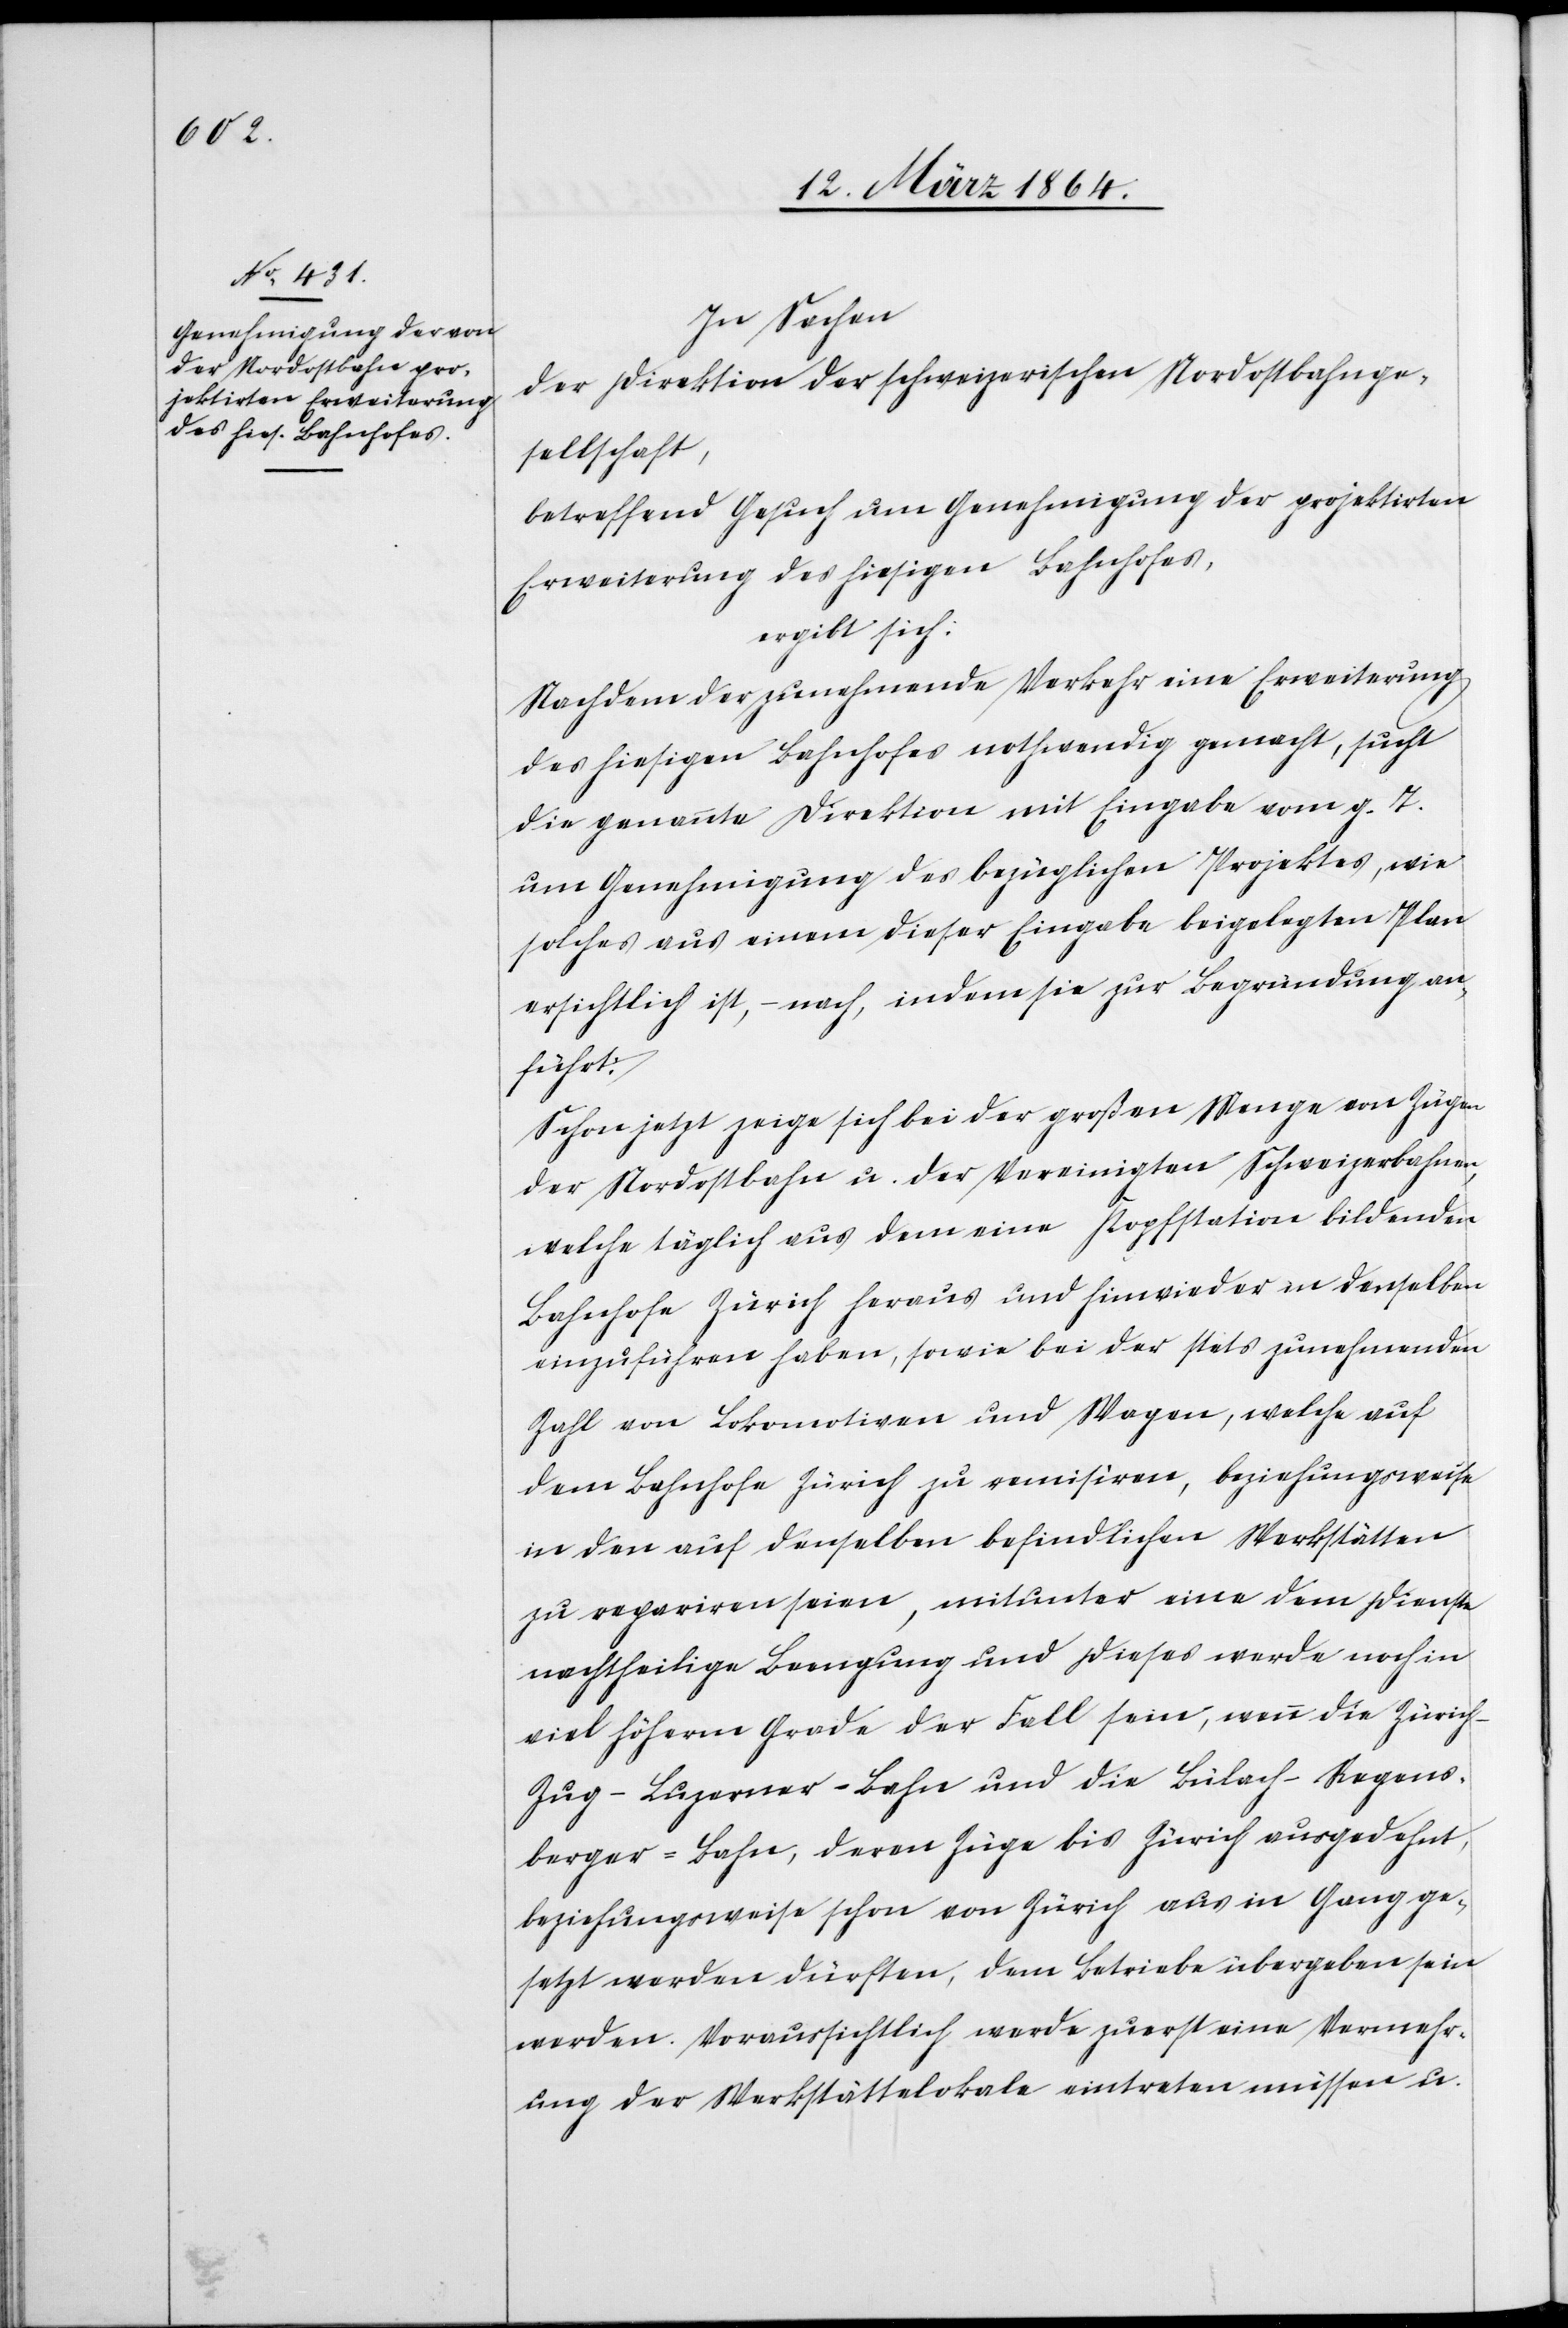
In Sachen
der Direktion der schweizerischen Nordostbahnge¬
sellschaft,
betreffend Gesuch um Genehmigung der projektirten
Erweiterung des hiesigen Bahnhofes,
ergibt sich:
Nachdem der zunehmende Verkehr eine Erweiterung
des hiesigen Bahnhofes nothwendig gemacht, sucht
die genannte Direktion mit Eingabe vom g. T.
um Genehmigung des bezüglichen Projektes, wie
solches aus einem dieser Eingabe beigelegten Plan
ersichtlich ist, – nach, indem sie zur Begründung an¬
führt:
Schon jetzt zeige sich bei der großen Menge von Zügen
der Nordostbahn u. der Vereinigten Schweizerbahnen,
welche täglich aus dem eine Kopfstation bildenden
Bahnhofe Zürich heraus und hinwieder in denselben
einzuführen haben, sowie bei der stets zunehmenden
Zahl von Lokomotiven und Wagen, welche auf
den Bahnhofe Zürich zu remisiren, beziehungsweise
in den auf denselben befindlichen Werkstätten
zu repariren seien, mitunter eine dem Dienste
nachtheilige Beengung und dieses werde noch in
viel höherm Grade der Fall sein, wenn die Züric¬
h–Zug–Luzerner-Bahn und die Bülach–Regens¬
berger-Bahn, deren Züge bis Zürich ausgedehnt,
beziehungsweise schon von Zürich aus in Gang ge¬
setzt werden dürften, dem Betriebe übergeben sein
werden. Voraussichtlich werde zuerst eine Vermehr¬
ung der Werkstättelokale eintreten müssen u.